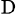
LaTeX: _\mathrm{D}